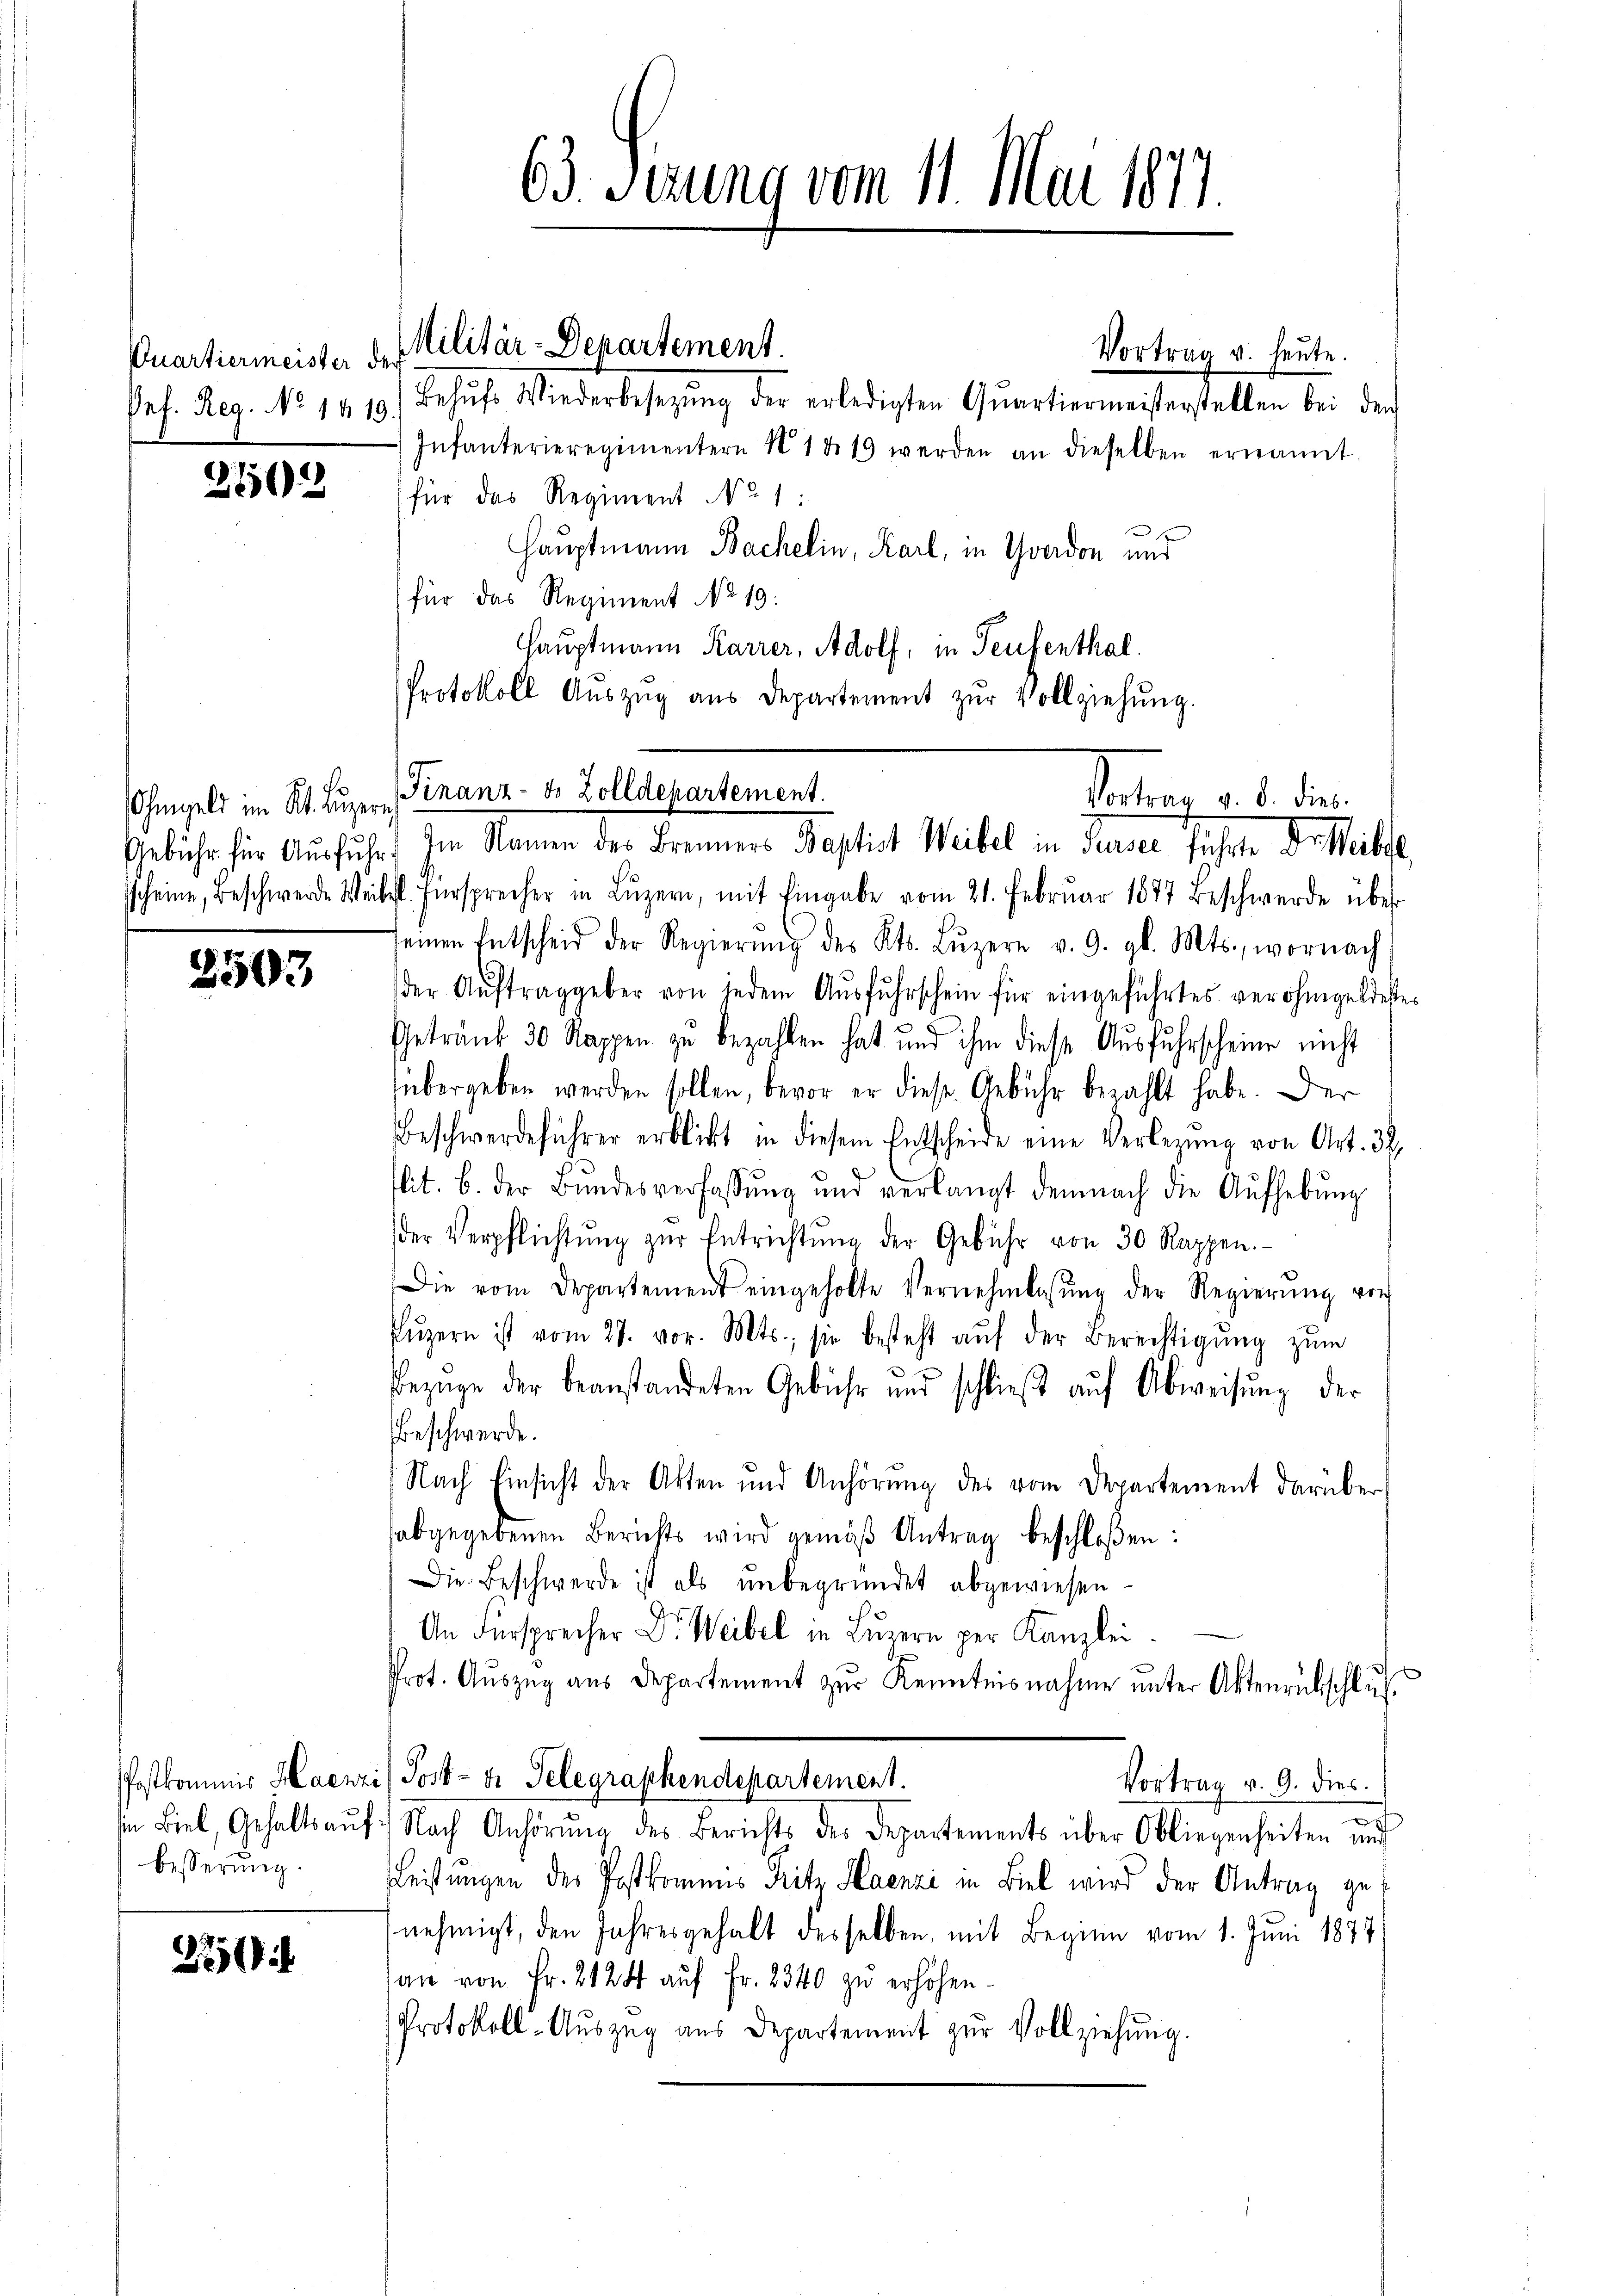
Quartiermeister der
Pef. Reg. No 1419.

2162

Ohmgeld im Kt. Luzern

2507

besserung.

25

Behŭfs Wiederbesetzŭng der erledigten Qŭartiermeisterstellen bei der
Infanterieregimentern § 1419 werden an dieselben ernannt,
für das Regiment No 1:
Hauptmann Bachelin, Karl, in Yverdon und
für das Regiment No 19.
Hauptmann Karrer, Adolf, in Teufenthal
Protokoll Aŭszŭg aŭs Departement zŭr Vollziehŭng.
scheine, Beschwerde Weibel. Fürsprecher in Lŭzern, mit Eingabe vom 21. Februar 1877 beschwerde über
seinen Entscheid der Regierŭng des Kts. Lŭzern v. 9. gl. Mts., wornach
der Aŭftraggeber von jedem Aŭsfŭhrschein für eingeführtes verohngeldester
Getränk 30 Rappen zu bezahlen hat und ihm diese Ausfuhrscheine nicht
übergeben werden sollen, bevor er diese Gebühr bezahlt habe. Der
Beschwerdeführer erblickt in diesem Entscheide eine Verlegŭng von Art. 3.
lit. B. der Bundesverfassŭng und verlangt demnach die Aŭfhebŭng
der Verpflichtŭng zŭr Entrichtŭng der Gebühr von 30 Rappen.
Die vom Departement eingeholte Vernehmlassŭng der Regierŭng vor
Lŭzern ist vom 27. vor. Mts., sie besteht aŭf der Berechtigŭng zŭm
Bezüge der beanstandeten Gebühr und schlieβ aŭf Abweisŭng der
Beschwerde.
Nach Einsicht der Akten und Anhörung des vom Departement darüber
abgegebenen Berichts wird gemäβ Antrag beschloßen:
Die Beschwerde ist als unbegründet abgewiesen -
An Fürsprecher Dr. Weibel in Lŭzern per Kanzlei
¬
Prot. Aŭszŭg aŭs Departement zŭr Kenntnisnahme unter Aktenrückschlus
Postkommis Haenzi) Post- u. Telegraphendepartement.
Vortrag v. 9. dies.
in Biel, Gehalts aŭf Nach Anhörŭng des Berichts des Departements über Obliegenheiten und
Leistungen des Postkommis Fritz Haenzi in Biel wird der Antrag genehmigt, den Jahresgehalt desselben, mit Beginn vom 1. Juni 1877
an von Fr. 2128 auf Fr. 2340 zu erhöhen.
Protokoll-Auszug aus Departement zur Vollziehung.

63. Verung vom 11. Mai 1877.

Militär-Departement.

Finanz- & Zolldepartement.
Vortrag v. 8. die
Gebühr für Ausfuhr. Im Namen der Brenners Baptist Weibel in Surser führte Dr Weibel,

Vortrag v. heute.